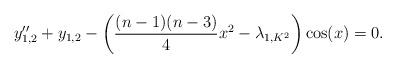
LaTeX: \begin{align*}y_{1,2}''+y_{1,2} -\left(\frac{(n-1)(n-3)}{4}x^2-\lambda_{1,K^2}\right)\cos(x) = 0.\end{align*}